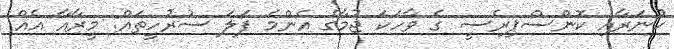
ހުނަރާއި ކޮންސްޕިރެސީ ގެ ވާހަކަ ޖުމާގެ އެންމެ ފަލަ ސުރުހީތައް: މީރާއާ އެއް